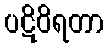
ပဋိဝိရတာ